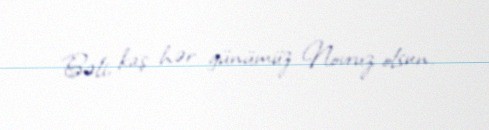
Bəli, kaş hər günümüz Novruz olsun.